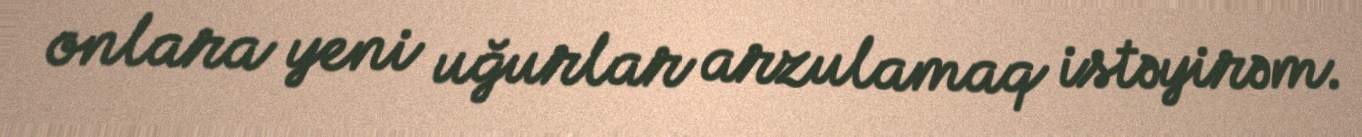
onlara yeni uğurlar arzulamaq istəyirəm.